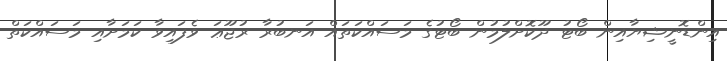
އިންޑޮނީޝިޔާއިން ބޯޓު ދޫކޮށްލުމުން ބޯޓުގެ މަސައްކަތައް އަނބުރާ ރުޖޫޢަ ވެފައިވާ ކަމަށާއި މަސައްކަތް